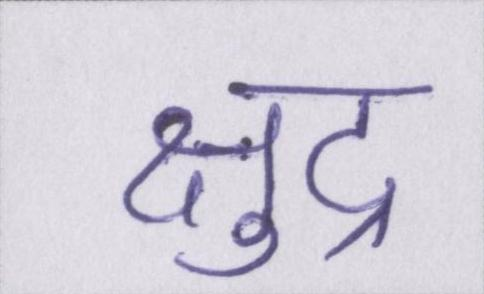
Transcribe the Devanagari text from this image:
क्षुद्र